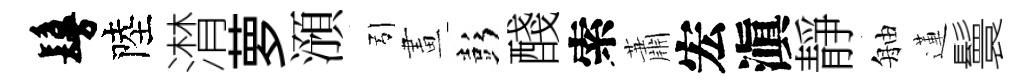
鬘陸潸萝澦引畫彭醆索蕭宏滇靜舳蓮鬟